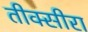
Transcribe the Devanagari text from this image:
तीक्सीरा